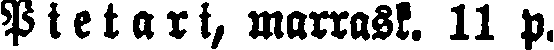
Pietari, marrask. 11 p.